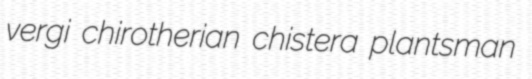
vergi chirotherian chistera plantsman